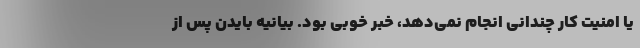
یا امنیت کار چندانی انجام نمی‌دهد، خبر خوبی بود. بیانیه بایدن پس از